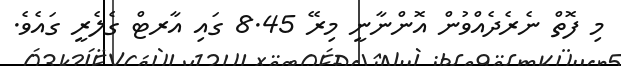
މި ފޮތް ނެރެދެއްވުން އޮންނާނީ މިރޭ 8.45 ގައި އާރޓް ގެލެރީ ގައެވެ.